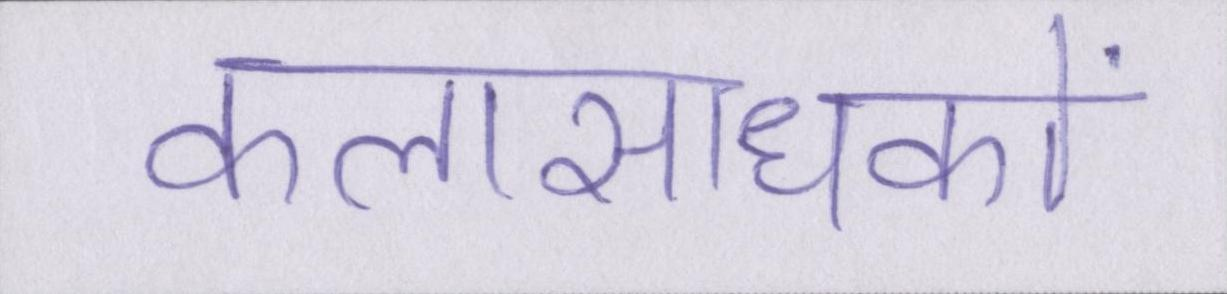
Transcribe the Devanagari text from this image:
कलासाधकों